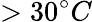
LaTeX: >30^{\circ}C